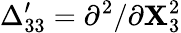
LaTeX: \Delta_{33}^{\prime}=\partial^{2}/\partial\mathbf{X}_{3}^{2}